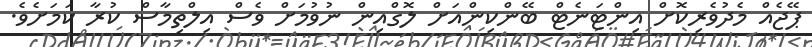
ޕޭޖެއް މެދުވެރިކޮށް އިންޓަނެޓް ބޭންކިންއަށް ލޮގްއިން ނުވުމަށް ވެސް އިލްތިމާސް ކުރާ ކަމަށެވެ.